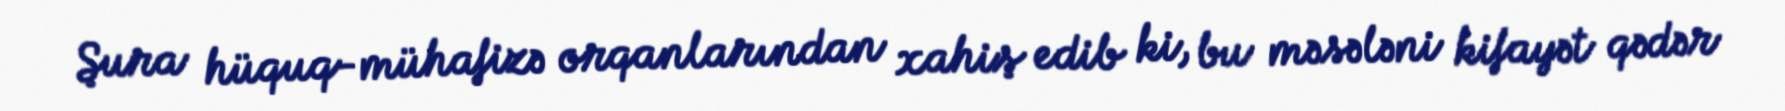
Şura hüquq-mühafizə orqanlarından xahiş edib ki, bu məsələni kifayət qədər